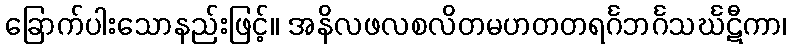
ခြောက်ပါးသောနည်းဖြင့်။ အနိလဖလစလိတမဟတတရင်္ဂဘင်္ဂသင်္ဃဋီကာ၊